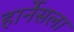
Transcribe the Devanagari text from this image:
हार्नेसला